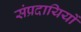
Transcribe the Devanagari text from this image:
संप्रदायियों